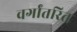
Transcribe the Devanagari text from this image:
वर्गांतरित